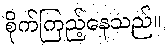
စိုက်ကြည့်နေသည်။